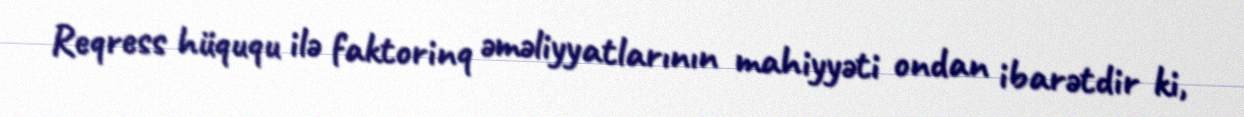
Reqress hüququ ilə faktorinq əməliyyatlarının mahiyyəti ondan ibarətdir ki,